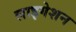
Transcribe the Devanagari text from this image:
लाइगेशन